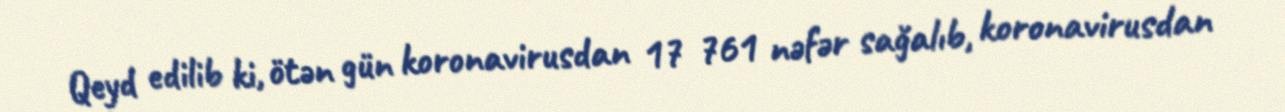
Qeyd edilib ki, ötən gün koronavirusdan 17 761 nəfər sağalıb, koronavirusdan